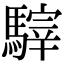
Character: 䮨